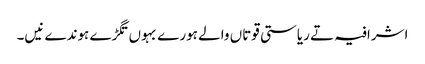
اشرافیہ تے ریاستی قوتاں والے ہورے بہوں تگڑے ہوندے نیں۔